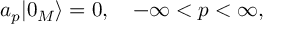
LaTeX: a _ { p } | 0 _ { M } \rangle = 0 , \quad - \infty < p < \infty ,